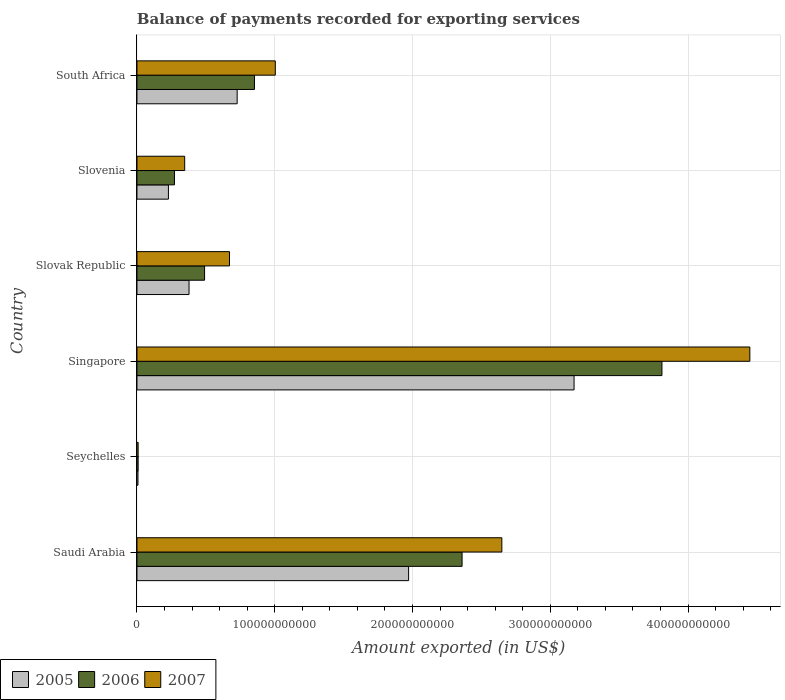
| Country | 2005 | 2006 | 2007 |
 | --- | --- | --- | --- |
 | Saudi Arabia | 1.97e+11 | 2.36e+11 | 2.65e+11 |
 | Seychelles | 7.29e+08 | 8.61e+08 | 8.57e+08 |
 | Singapore | 3.17e+11 | 3.81e+11 | 4.45e+11 |
 | Slovak Republic | 3.78e+10 | 4.91e+10 | 6.72e+10 |
 | Slovenia | 2.28e+10 | 2.72e+10 | 3.46e+10 |
 | South Africa | 7.27e+10 | 8.53e+10 | 1e+11 |